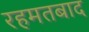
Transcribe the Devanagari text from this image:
रहमतबाद